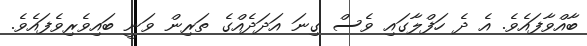
ބާއްވާފައެވެ. އެ ދެ ހަފްލާގައި ވެސް ގިނަ އަދަދެއްގެ ތަރިން ވަނީ ބައިވެރިވެފައެވެ.